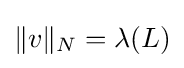
\|v\|_{N}=\lambda (L)